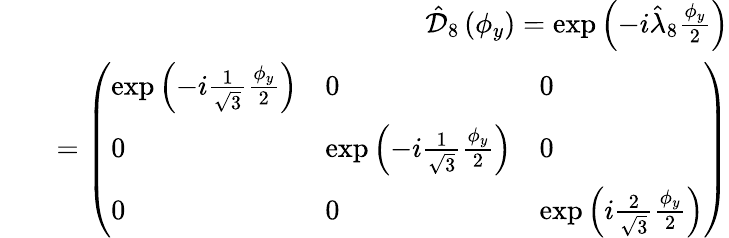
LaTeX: \begin{array}{rlr}&{}&{\hat{\mathcal D}_{8}\left(\phi_{y}\right)=\exp\left(-i\hat{\lambda}_{8}\frac{\phi_{y}}{2}\right)}\\ &{}&{=\left(\begin{array}{lll}{\exp\left(-i\frac{1}{\sqrt{3}}\frac{\phi_{y}}{2}\right)}&{0}&{0}\\ {0}&{\exp\left(-i\frac{1}{\sqrt{3}}\frac{\phi_{y}}{2}\right)}&{0}\\ {0}&{0}&{\exp\left(i\frac{2}{\sqrt{3}}\frac{\phi_{y}}{2}\right)}\end{array}\right)}\end{array}